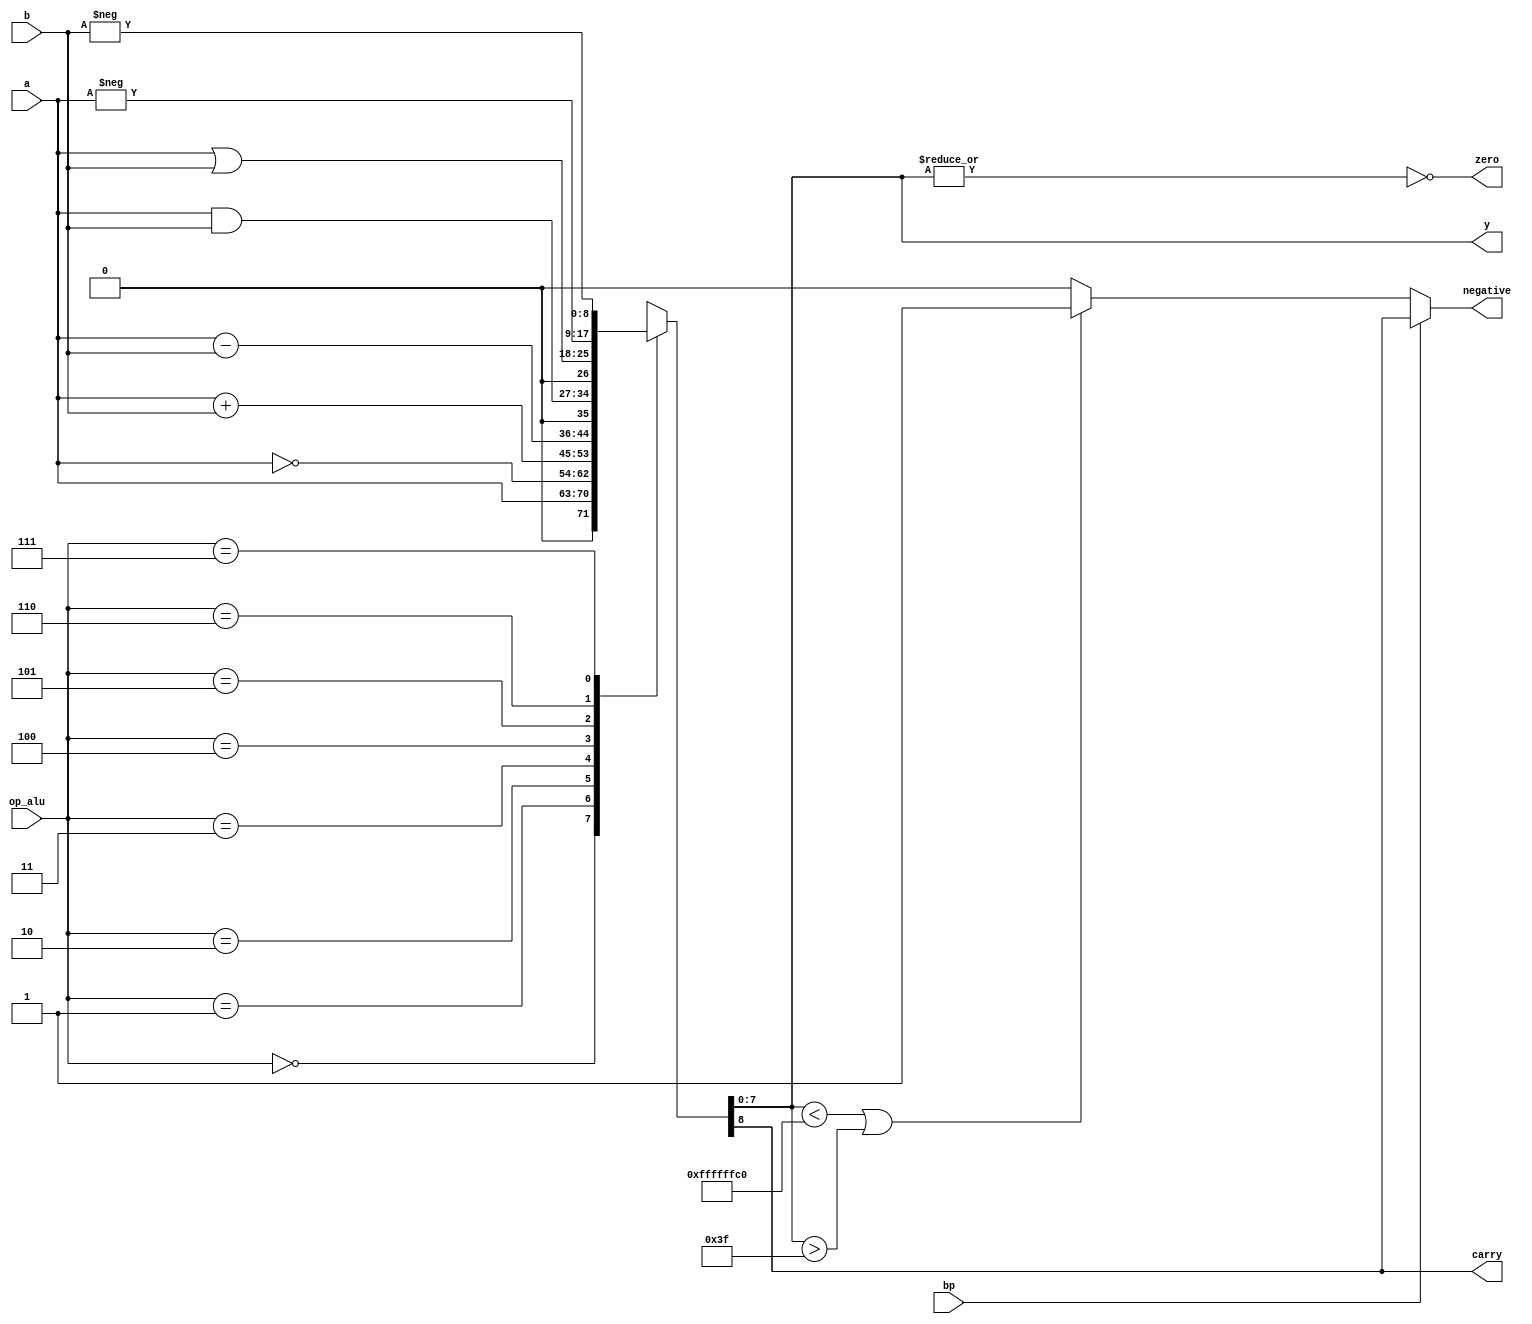
module alu(input wire [7:0] a, b,
           input wire [2:0] op_alu,
           input wire bp,
           output wire carry,
           output wire [7:0] y,
           output wire negative,
           output wire zero);

reg [8:0] s;

parameter min = -64;
parameter max = 63;

always @(a, b, op_alu)
begin
  case (op_alu)              
    3'b000: s = a;
    3'b001: s = ~a;
    3'b010: s = a + b;
    3'b011: s = a - b;
    3'b100: s = a & b;
    3'b101: s = a | b;
    3'b110: s = -a;
    3'b111: s = -b;
	default: s = 9'bx; //desconocido en cualquier otro caso (x  z), por si se modifica el cdigo
  endcase
end

wire overflow;
assign overflow = (y < min || y > max) ? 1'b1 : 1'b0;
assign carry = s[8];

assign y = s[7:0];

//Calculo del flag de cero y el de negative
assign zero = ~(|y);   //operador de reduccin |y hace la or de los bits del vector 'y' y devuelve 1 bit resultado
assign negative = (bp ? carry : overflow);
		   
endmodule